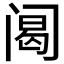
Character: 𰿴